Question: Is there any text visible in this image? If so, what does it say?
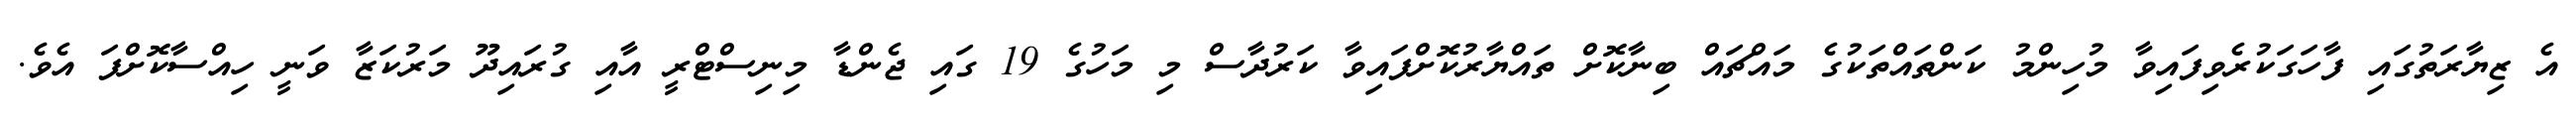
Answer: އެ ޒިޔާރަތުގައި ފާހަގަކުރެވިފައިވާ މުހިންމު ކަންތައްތަކުގެ މައްޗައް ބިނާކޮށް ތައްޔާރުކޮށްފައިވާ ކަރުދާސް މި މަހުގެ 19 ގައި ޖެންޑާ މިނިސްޓްރީ އާއި ގުރައިދޫ މަރުކަޒާ ވަނީ ހިއްސާކޮށްފަ އެވެ.